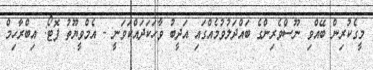
މީގެކުރިން ބޭއްވި ނޫސްވެރިންގެ ބައްދަލުވުމެއްގައި އަދީބު ވާހަކަދައްކަވަނީ - އެމްވީޔޫތު ފޮޓޯ: އިބްރާހިމް